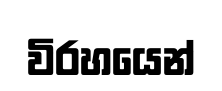
විරහයෙන්